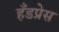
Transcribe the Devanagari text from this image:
हँडप्रेस